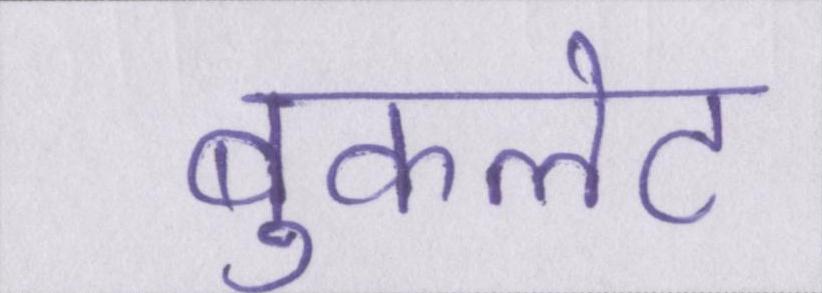
बुकलेट